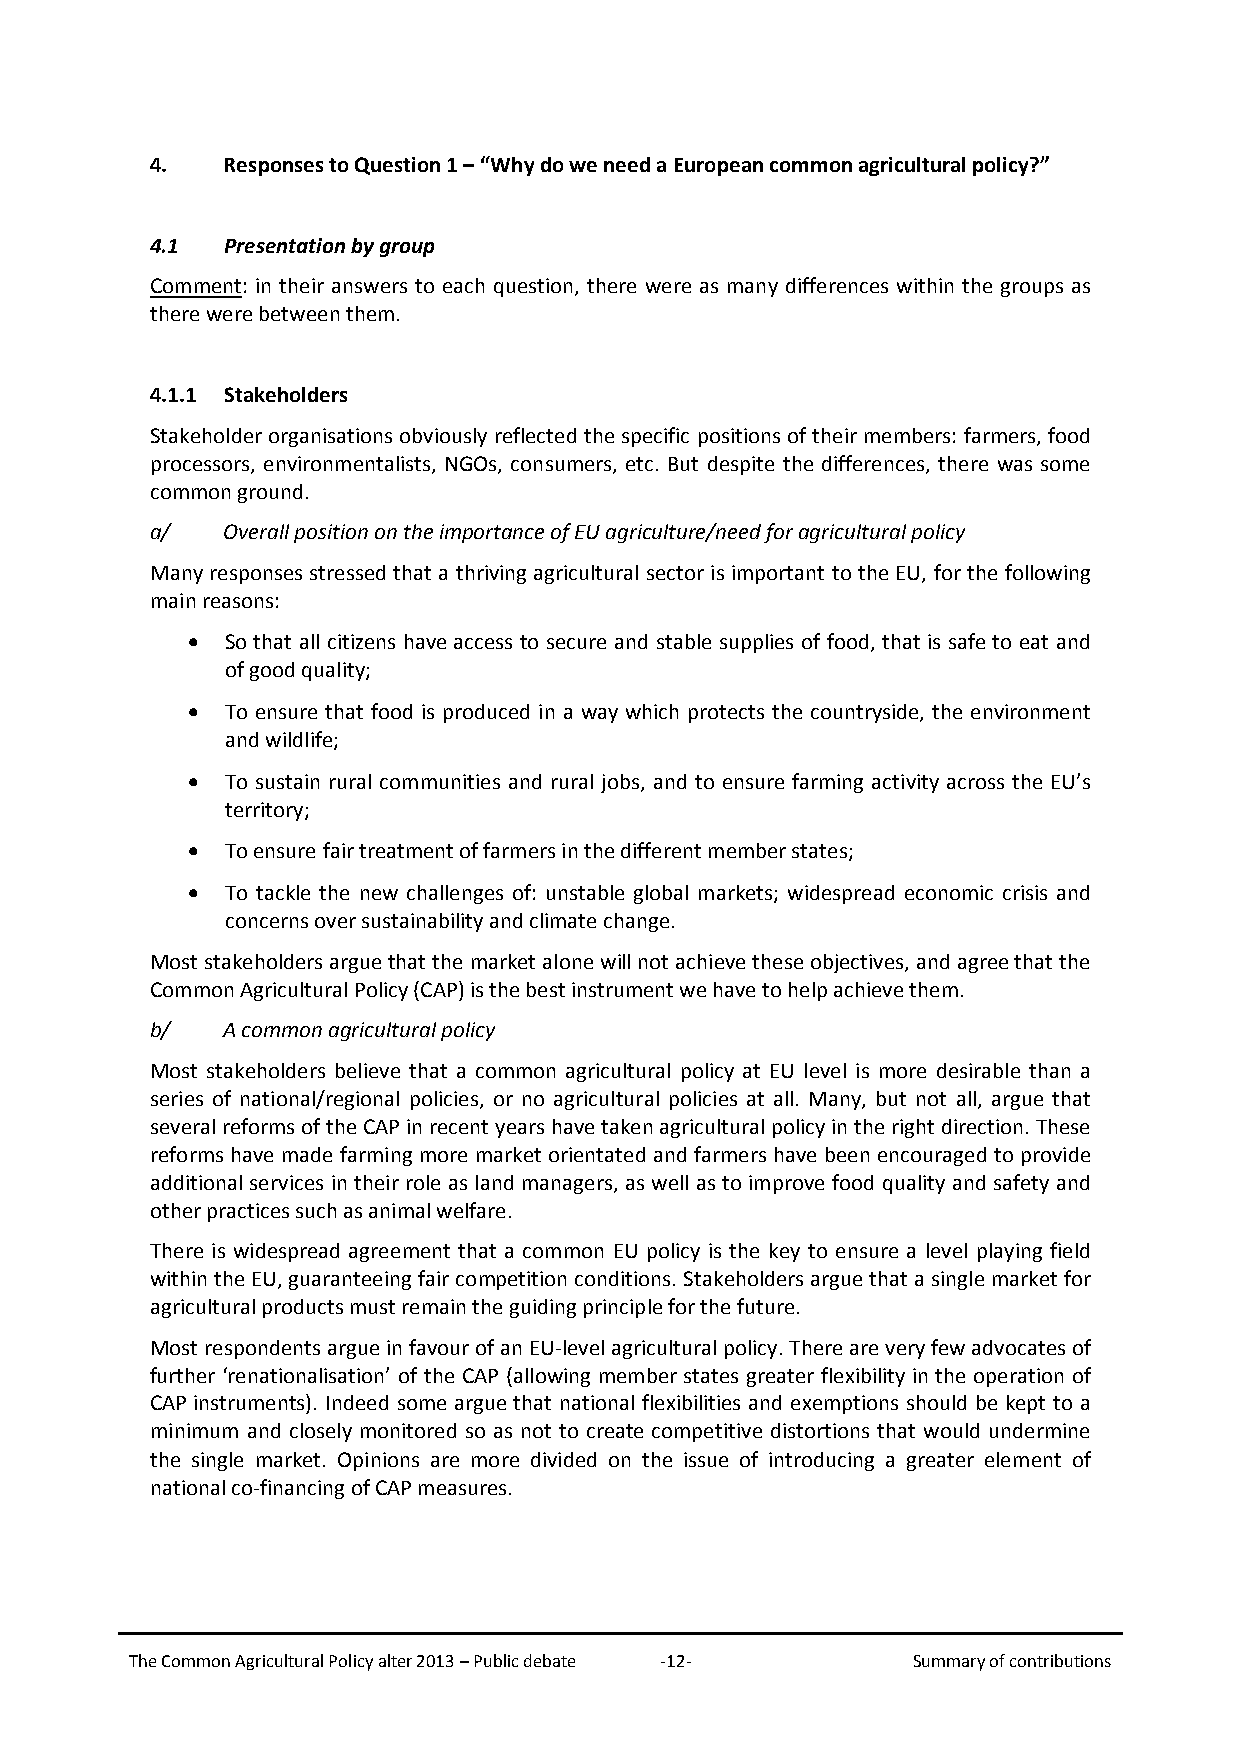
4.   Responses to Question 1 – “Why do we need a European common agricultural policy?”
 4.1  Presentation by group
 Comment: in their answers to each question, there were as many differences within the groups as
 there were between them.
 4.1.1 Stakeholders
 Stakeholder organisations obviously reflected the specific positions of their members: farmers, food
 processors, environmentalists, NGOs, consumers, etc. But despite the differences, there was some
 common ground.
 a/   Overall position on the importance of EU agriculture/need for agricultural policy
 Many responses stressed that a thriving agricultural sector is important to the EU, for the following
 main reasons:
 •  So that all citizens have access to secure and stable supplies of food, that is safe to eat and
 of good quality;
 •  To ensure that food is produced in a way which protects the countryside, the environment
 and wildlife;
 •  To sustain rural communities and rural jobs, and to ensure farming activity across the EU’s
 territory;
 •  To ensure fair treatment of farmers in the different member states;
 •  To tackle the new challenges of: unstable global markets; widespread economic crisis and
 concerns over sustainability and climate change.
 Most stakeholders argue that the market alone will not achieve these objectives, and agree that the
 Common Agricultural Policy (CAP) is the best instrument we have to help achieve them.
 b/   A common agricultural policy
 Most stakeholders believe that a common agricultural policy at EU level is more desirable than a
 series of national/regional policies, or no agricultural policies at all. Many, but not all, argue that
 several reforms of the CAP in recent years have taken agricultural policy in the right direction. These
 reforms have made farming more market orientated and farmers have been encouraged to provide
 additional services in their role as land managers, as well as to improve food quality and safety and
 other practices such as animal welfare.
 There is widespread agreement that a common EU policy is the key to ensure a level playing field
 within the EU, guaranteeing fair competition conditions. Stakeholders argue that a single market for
 agricultural products must remain the guiding principle for the future.
 Most respondents argue in favour of an EU-level agricultural policy. There are very few advocates of
 further ‘renationalisation’ of the CAP (allowing member states greater flexibility in the operation of
 CAP instruments). Indeed some argue that national flexibilities and exemptions should be kept to a
 minimum and closely monitored so as not to create competitive distortions that would undermine
 the single market. Opinions are more divided on the issue of introducing a greater element of
 national co-financing of CAP measures.
 The Common Agricultural Policy alter 2013 – Public debate -12- Summary of contributions